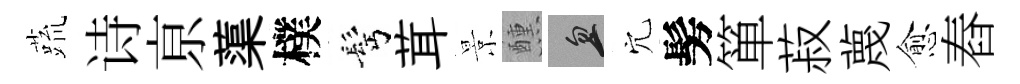
蔬诗亰蕖樸髩茸景醺忽穴髣箪菽蔑愈舂